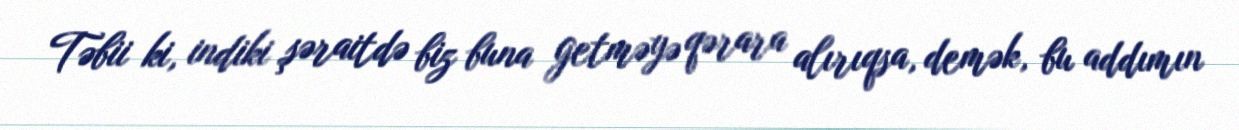
Təbii ki, indiki şəraitdə biz buna getməyə qərara alırıqsa, demək, bu addımın